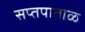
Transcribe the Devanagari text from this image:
सप्तपाताळ